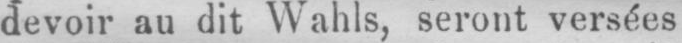
devoir au dit Wahls, seront versées